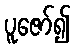
ပူဇော်၍